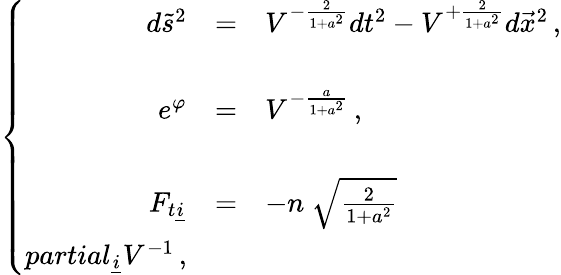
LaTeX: \left\{ \begin{array}{rcl}{{d\tilde{s}^{2}}}&{{=}}&{{V^{-\frac{2}{1+a^{2}}}dt^{2}-V^{+\frac{2}{1+a^{2}}}d\vec{x}^{2}\, ,}}\\ {{}}&{{}}&{{}}\\ {{e^{\varphi}}}&{{=}}&{{V^{-\frac{a}{1+a^{2}}}\, ,}}\\ {{}}&{{}}&{{}}\\ {{F_{t\underline{{{i}}}}}}&{{=}}&{{-n\ \sqrt{\frac{2}{1+a^{2}}}}}\\ {{partial_{\underline{{{i}}}}V^{-1}\, ,}}\end{array}\right.